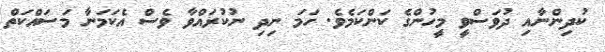
ކުދިންނާއި ދުވަސްވީ މީހުންގެ ކަންކަމެވެ. ހަމަ ނިދި ނުކުރައްވާ ވެސް އެކަމަނާ މަސައްކަތް